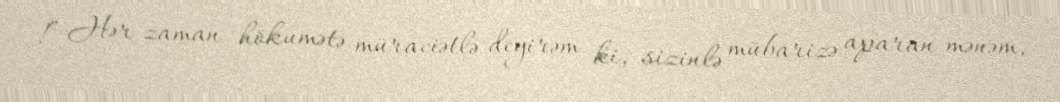
!” Hər zaman hökumətə müraciətlə deyirəm ki, sizinlə mübarizə aparan mənəm,